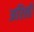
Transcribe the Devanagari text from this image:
अरिली